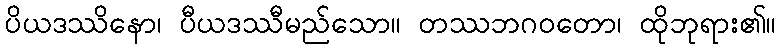
ပိယဒဿိနော၊ ပီယဒဿီမည်သော။ တဿဘဂဝတော၊ ထိုဘုရား၏။